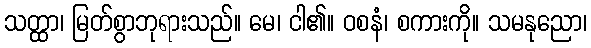
သတ္ထာ၊ မြတ်စွာဘုရားသည်။ မေ၊ ငါ၏။ ဝစနံ၊ စကားကို။ သမနုညော၊